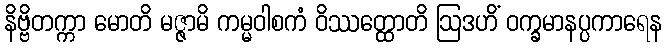
နိဗ္ဗိတက္ကာ မောတိ မဇ္ဇာမိ ကမ္မဝါစကံ ဝိဿတ္ထောတိ ဩဒဟိံ ဝက္ခမာနပ္ပကာရေန